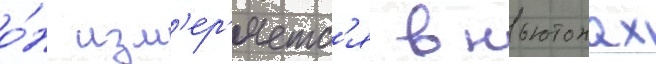
о́н изм'ер'яетс'я в ньютонах